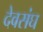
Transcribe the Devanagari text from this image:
देवसंघ